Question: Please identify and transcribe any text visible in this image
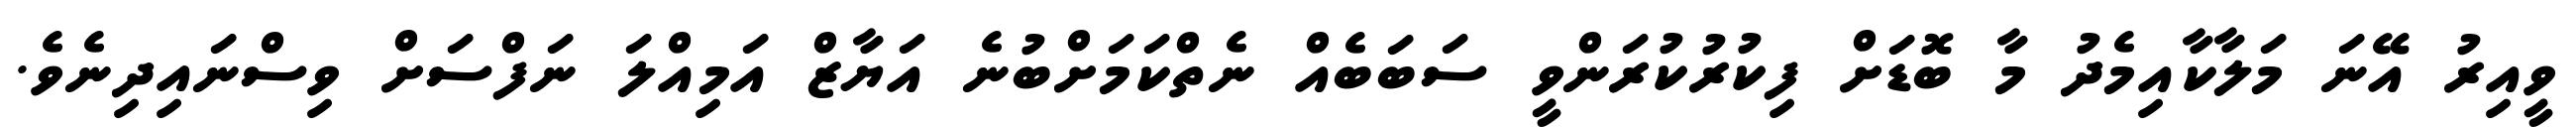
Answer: ވީއިރު އޭނަ މަލާކާއިމެދު މާ ބޮޑަށް ފިކުރުކުރަންވީ ސަބަބެއް ނެތްކަމަށްބުނެ އަޔާޒް އަމިއްލަ ނަފްސަށް ވިސްނައިދިނެވެ.